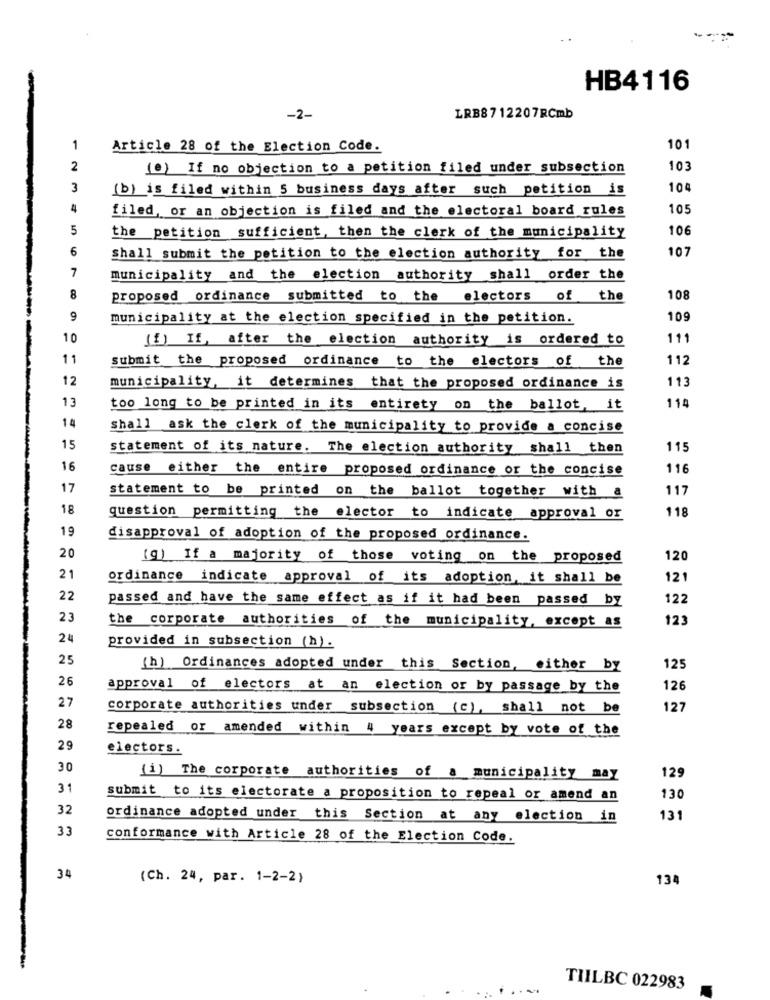
HB4116
-2-
LRB8712207RCmb
1
Article 28 of the Election Code.
101
2
(e) If no objection to a petition filed under subsection
103
3
(b) is filed within 5 business days after such petition is
104
4
filed, or an objection is filed and the electoral board rules
105
5
the petition sufficient, then the clerk of the municipality
106
6
107
shall submit the petition to the election authority for the
7
municipality and the election authority shall order the
8
proposed ordinance submitted to the electors of the
108
9
municipality at the election specified in the petition.
109
10
(f) If, after the election authority is ordered to
111
11
submit the proposed ordinance to the electors of the
112
12
113
municipality, it determines that the proposed ordinance is
13
11
too long to be printed in its entirety on the ballot, it
1 4
Shall ask the clerk of the municipality to provide a concise
15
statement of its nature. The election authority shall then
115
16
cause either the entire proposed ordinance or the concise
116
17
117
statement to be printed on the ballot together with a
18
118
question permitting the elector to indicate approval or
19
disapproval of adoption of the proposed ordinance.
20
(g) If a majority of those voting on the proposed
120
21
ordinance indicate approval of its adoption, it shall be
121
22
passed and have the same effect as if it had been passed by
122
23
the corporate authorities of the municipality, except as
123
24
provided in subsection (h).
25
(h) Ordinances adopted under this Section, either by
125
26
approval of electors at an election or by passage by the
126
27
corporate authorities under subsection (c), shall not be
127
28
repealed or amended within 4 years except by vote of the
29
electors.
30
129
(i) The corporate authorities of a municipality may
31
submit to its electorate a proposition to repeal or amend an
130
32
ordinance adopted under this Section at any election in
131
33
conformance with Article 28 of the Election Code.
34
(Ch. 24, par. 1-2-2)
134
TILBC 022983